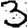
Digit: 3